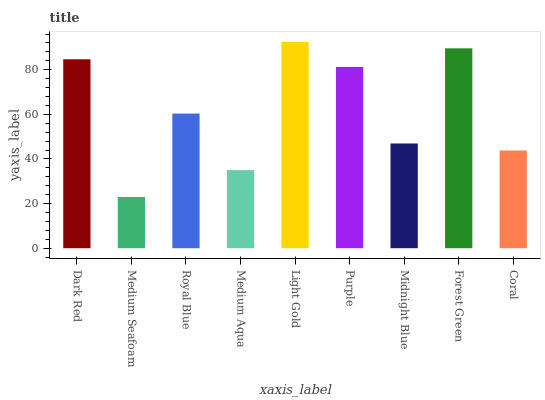
| xaxis_label | bars |
 | --- | --- |
 | Dark Red | 84.7 |
 | Medium Seafoam | 23 |
 | Royal Blue | 60.4 |
 | Medium Aqua | 35 |
 | Light Gold | 92.5 |
 | Purple | 81.3 |
 | Midnight Blue | 46.9 |
 | Forest Green | 89.6 |
 | Coral | 43.8 |